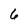
Character: 6